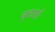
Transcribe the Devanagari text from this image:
वृत्तातों